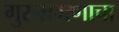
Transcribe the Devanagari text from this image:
गुरुभ्रमणाचा